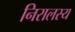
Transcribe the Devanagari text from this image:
निरालस्य